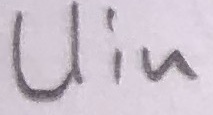
Text: Uin